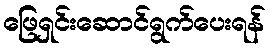
ဖြေရှင်းဆောင်ရွက်ပေးရန်